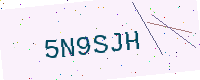
Text: 5N9SJH